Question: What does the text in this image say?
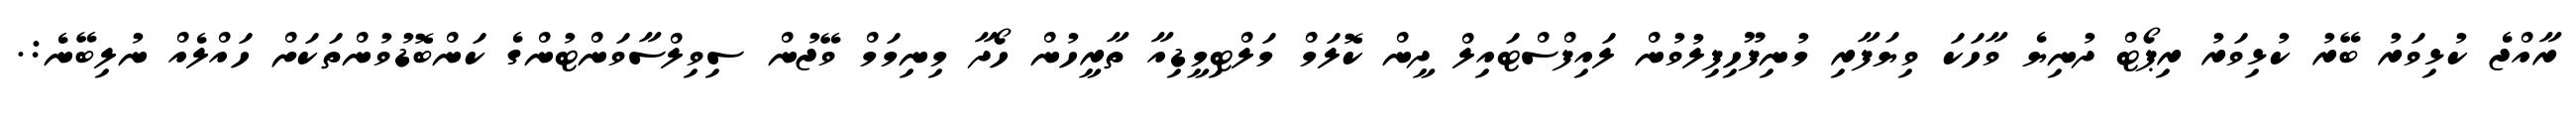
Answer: ރާއްޖެ ކުޅިވަރު ބޭރު ކުޅިވަރު ރިޕޯޓް ދުނިޔެ ވާހަކަ ވިޔަފާރި މުނިފޫހިފިލުވުން ލައިފްސްޓައިލް ދީން ކޮލަމް މަލްޓިމީޑިއާ ތާރީހުން ހޯދާ މިނިމަމް ވޭޖުން ސިވިލްސާވަންޓުންގެ ކަންބޮޑުވުންތަކަށް ހައްލެއް ނުލިބޭނެ:.